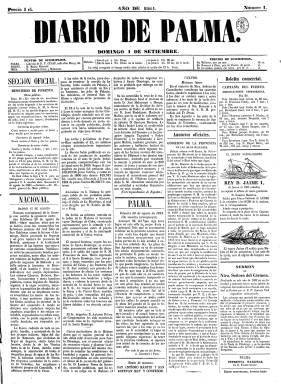
Título: Diario de Palma (1861)
Otros títulos: Diario de Palma, de intereses materiales de las Baleares, 8 en. 1865-31 dic. 1868
Colección: Periódicos
Ámbito geográfico: Baleares
Lugar de publicación: Palma de Mallorca
Fechas: 01/09/1861-02/03/1864

Con este título se estará publicando este periódico desde el primero de septiembre de 1861 hasta el ocho de enero de 1920, llegando a ser decano de la prensa mallorquina. Será uno de los principales diarios de las Baleares de la segunda mitad del siglo XIX, junto a El Isleño (1857-1899). El primero con esta cabecera había sido fundado, en 1811, en Palma de Mallorca, por el barcelonés Antonio Brusi (1775-1821), que en 1813 pasaría a ser estampado por los Guasp, la familia de impresores, libreros y editores que le modificarían su cabecera en diferentes etapas políticas posteriores, adoptando títulos como, entre otros: Diario balear (1814-1820 y 1823-1836), Diario constitucional de Palma (1820-1823), Diario constitucional de Palma de Mallorca (1836-1852) o Diario de Palma (1852-1856), que es cuando recupera el título de la época napoleónica, hasta llegar a El Mallorquín (1856-1861), considerándose, pues, sucesor directo de este último.

Su colección en la Biblioteca Nacional de España (BNE) de esta última, definitiva y longeva etapa de Diario de Palma es reducida, pues sólo comprende desde su primer número de 1861 hasta el correspondiente al dos de marzo de 1864. Entonces era un periódico en folio de doble tamaño ordinario, de cuatro páginas por entrega y compuesto a cinco columnas en la Imprenta de Felipe Guasp, que se dice Impresor Real, siendo su propietario y director, apareciendo indicados como sus editores responsables, primero, Antonio Isern, y, después, Guillermo Ramis y Ribot.

Sus contenidos están estructurados bajo epígrafes como Sección oficial, Nacional, Cortes, Extranjero, Correo de ayer (después, Correo de hoy), Sección literaria, Remitidos, Variedades, Revista de periódicos, Boletín religioso, Boletín comercial, Anuncios oficiales, Espectáculos y Sección de anuncios, que llega a ocupar completamente la cuarta plana. También tiene sección de local. Al principio se publicará todos los días, siendo las entregas de los domingos de una página, para después dejar de aparecer este día de la semana. También publicará algún suplemento, de una hoja.

La adscripción de los Guasp y sus periódicos, y por lo tanto de este Diario de Palma, que alcanzará casi la sesentena de años de vida, estará enmarcada en el liberalismo moderado o conservador. Así durante el Sexenio Democrático (1868-1874) lo estará dentro de la derecha dinástica. También será defensor de la religión católica. Durante la Restauración compartirá el mercado periodístico balear con el citado El Isleño, que mantenía algún tinte de su antiguo color progresista, pero también con el republicano castelarino La Opinión (1879), el progresista democrático afín a Ruiz Zorrilla El Demócrata (1879), el republicado federal pimargalliano El Comercio (1880), o los denominados religiosos o católicos “puros” El Áncora y el satírico La Ygnorancia, entre otros.

Como suplemento al Diario de Palma, entre 1862 y 1863 reaparecerá también El Propagador balear, que así mismo forma parte de la colección de la BNE. Distribuirá gratis entre sus suscriptores Anuarios y Almanaques con artículos y poesías, muchas de estas en catalán, así como con documentos relativos a la historia balear. Además de la bibliografía de referencia para esta prensa, véase el trabajo de Fullana Puigserver (1994) sobre el catolicismo balear de la época.